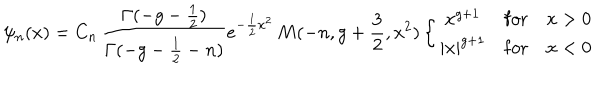
\psi _ { n } ( x ) = C _ { n } \, \frac { \Gamma ( - g - { \frac { 1 } { 2 } } ) } { \Gamma ( - g - { \frac { 1 } { 2 } } - n ) } e ^ { - { \frac { 1 } { 2 } } x ^ { 2 } } \, M ( - n , g + { \frac { 3 } { 2 } } , x ^ { 2 } ) \left\{ \begin{array} { c l l } { { x ^ { g + 1 } } } & { { \mathrm { f o r } } } & { { x > 0 } } \\ { { | x | ^ { g + 1 } } } & { { \mathrm { f o r } } } & { { x < 0 } } \\ \end{array} \right.